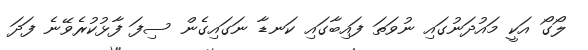
ލޯގޯ އަކީ މައުދަނުގައި ނުވަތަ ފައިބާގައި ކަނޑާ ނަގައިގެން ސިފަ ފާޅުކުރެވޭނެ ފަދަ